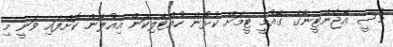
މެސީ އާޖެންޓީނާގެ ގާއުމީ ޓީމަށް ކުޅުން ހުއްޓާލިކަން އިއުލާން ކޮށްފައި ވަނީ މި